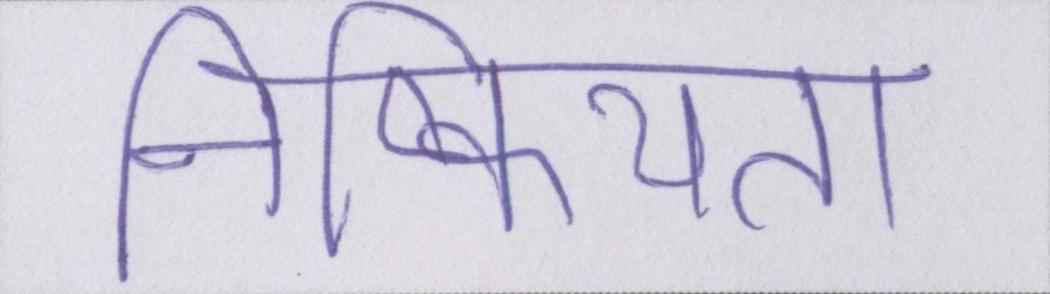
निष्क्रियता